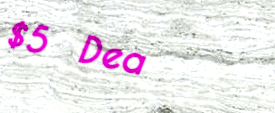
$5 Deal